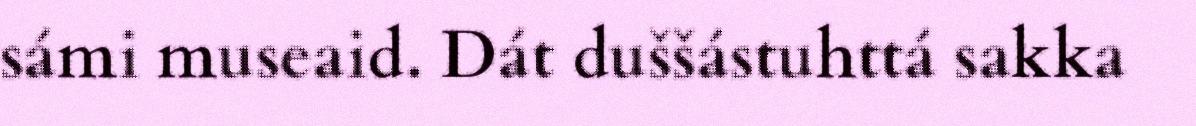
sámi museaid. Dát duššástuhttá sakka